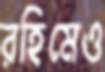
রহিমেও